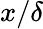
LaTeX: x/\delta